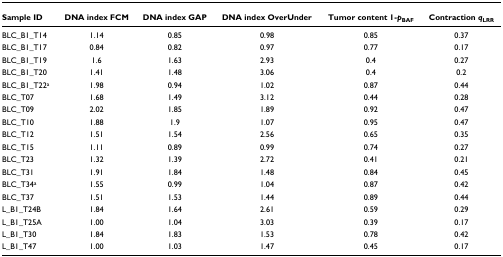
<table><thead><tr><td><b>Sample ID</b></td><td><b>DNA index FCM</b></td><td><b>DNA index GAP</b></td><td><b>DNA index OverUnder</b></td><td><b>Tumor content 1-<i>p</i><sub>BAF</sub></b></td><td><b>Contraction <i>q</i><sub>LRR</sub></b></td></tr></thead><tbody><tr><td>BLC_B1_T14</td><td>1.14</td><td>0.85</td><td>0.98</td><td>0.85</td><td>0.37</td></tr><tr><td>BLC_B1_T17</td><td>0.84</td><td>0.82</td><td>0.97</td><td>0.77</td><td>0.17</td></tr><tr><td>BLC_B1_T19</td><td>1.6</td><td>1.63</td><td>2.93</td><td>0.4</td><td>0.27</td></tr><tr><td>BLC_B1_T20</td><td>1.41</td><td>1.48</td><td>3.06</td><td>0.4</td><td>0.2</td></tr><tr><td>BLC_B1_T22<sup>a</sup></td><td>1.98</td><td>0.94</td><td>1.02</td><td>0.87</td><td>0.44</td></tr><tr><td>BLC_T07</td><td>1.68</td><td>1.49</td><td>3.12</td><td>0.44</td><td>0.28</td></tr><tr><td>BLC_T09</td><td>2.02</td><td>1.85</td><td>1.89</td><td>0.92</td><td>0.47</td></tr><tr><td>BLC_T10</td><td>1.88</td><td>1.9</td><td>1.07</td><td>0.95</td><td>0.47</td></tr><tr><td>BLC_T12</td><td>1.51</td><td>1.54</td><td>2.56</td><td>0.65</td><td>0.35</td></tr><tr><td>BLC_T15</td><td>1.11</td><td>0.89</td><td>0.99</td><td>0.74</td><td>0.27</td></tr><tr><td>BLC_T23</td><td>1.32</td><td>1.39</td><td>2.72</td><td>0.41</td><td>0.21</td></tr><tr><td>BLC_T31</td><td>1.91</td><td>1.84</td><td>1.48</td><td>0.84</td><td>0.45</td></tr><tr><td>BLC_T34<sup>a</sup></td><td>1.55</td><td>0.99</td><td>1.04</td><td>0.87</td><td>0.42</td></tr><tr><td>BLC_T37</td><td>1.51</td><td>1.53</td><td>1.44</td><td>0.89</td><td>0.44</td></tr><tr><td>L_B1_T24B</td><td>1.84</td><td>1.64</td><td>2.61</td><td>0.59</td><td>0.29</td></tr><tr><td>L_B1_T25A</td><td>1.00</td><td>1.04</td><td>3.03</td><td>0.39</td><td>0.17</td></tr><tr><td>L_B1_T30</td><td>1.84</td><td>1.83</td><td>1.53</td><td>0.78</td><td>0.42</td></tr><tr><td>L_B1_T47</td><td>1.00</td><td>1.03</td><td>1.47</td><td>0.45</td><td>0.17</td></tr></tbody></table>